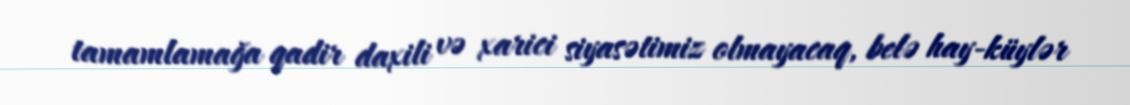
tamamlamağa qadir daxili və xarici siyasətimiz olmayacaq, belə hay-küylər